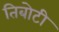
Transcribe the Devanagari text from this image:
तिबोटी